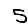
Digit: 5